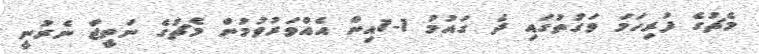
މެޗުގެ ފުރިހަމަ ވަގުތުގައި ދެ ގައުމު 1-1އިން އެއްވަރުވުމުން މެޗުގެ ނަތީޖާ ނެރުނީ